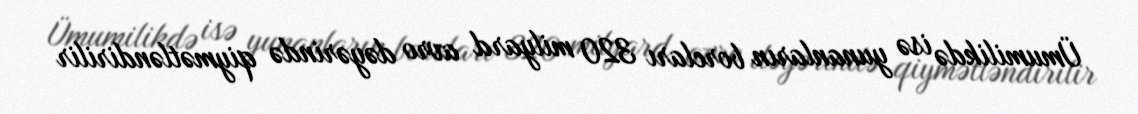
Ümumilikdə isə yunanların borcları 320 milyard avro dəyərində qiymətləndirilir